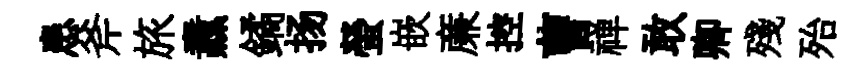
患斧旅纛鐍扬螢嵌亷控曹禅敢卿殘殆